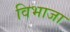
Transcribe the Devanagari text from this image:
विभाजा